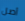
أصل